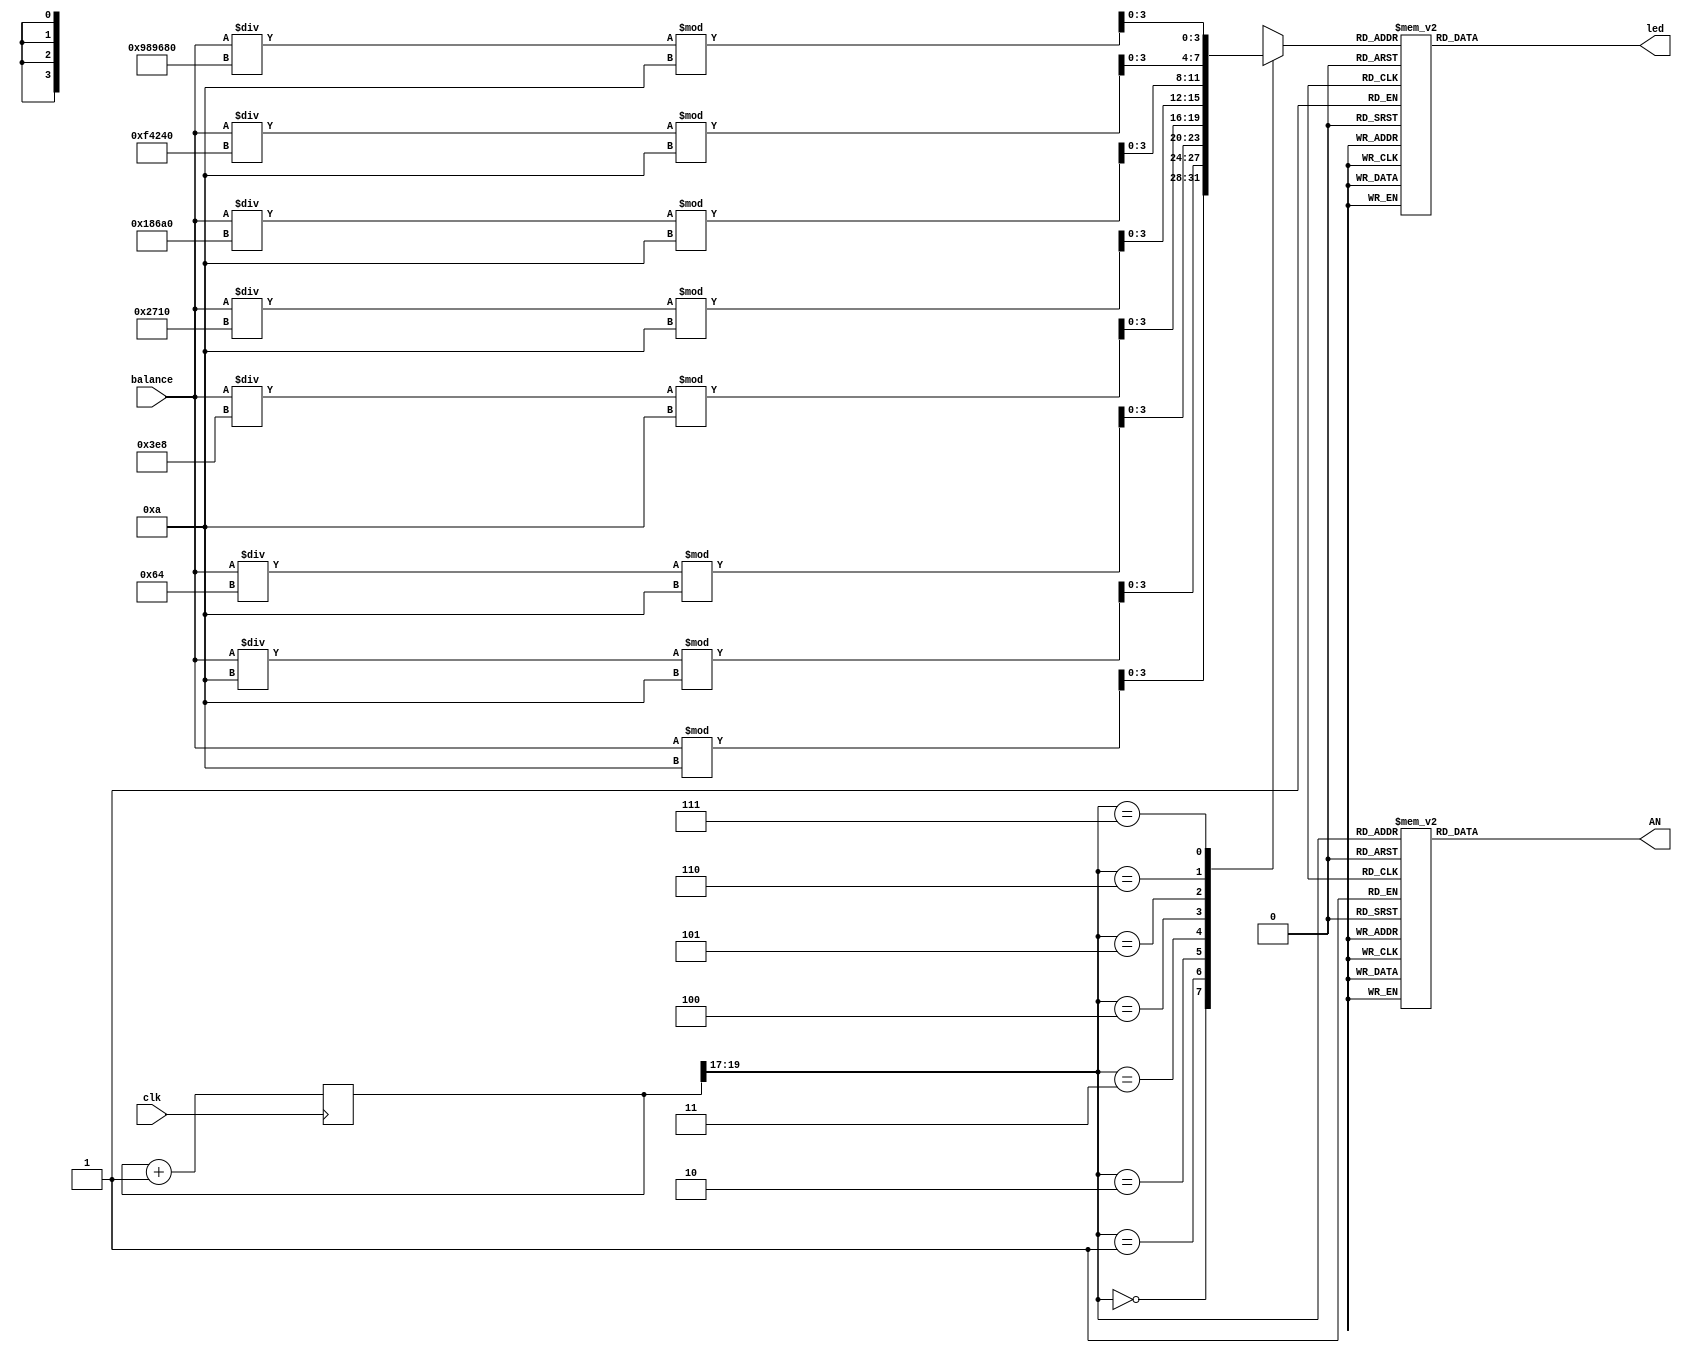
`timescale 1ns / 1ps
//////////////////////////////////////////////////////////////////////////////////
// Company: 
// Engineer: 
// 
// Design Name: 
// Module Name: seven_seg_decoder
// Project Name: 
// Target Devices: 
// Tool Versions: 
// Description: 
// 
// Dependencies: 
// 
// Revision:
// Revision 0.01 - File Created
// Additional Comments:
// 
//////////////////////////////////////////////////////////////////////////////////


module seven_seg_decoder(
    input clk,
    input [31:0] balance,
    output reg [7:0] AN,
    output reg [6:0] led
    );
    reg [19:0]refresh_counter = 0;
    reg [3:0] selected_anode;
    wire [2:0] LED_counter;

    
    always @(posedge clk)
    refresh_counter <= refresh_counter +1;
    assign LED_counter = refresh_counter[19:17];
    always @(LED_counter)
    begin
        case(LED_counter)
            3'b000:
                AN = 8'b11111110;
            3'b001:
                AN = 8'b11111101;
            3'b010:
                AN = 8'b11111011;
            3'b011:
                AN = 8'b11110111;
            3'b100:
                AN = 8'b11101111;
            3'b101:
                AN = 8'b11011111;
            3'b110:
                AN = 8'b10111111;
            3'b111:
                AN = 8'b01111111;     
        endcase
    end
    


    always @(*)
    begin
            case(LED_counter)
                3'b000: 
                    selected_anode = balance%10;
                3'b001:
                    selected_anode = (balance/10)%10;
                3'b010:
                    selected_anode = (balance/100)%10;
                3'b011:
                    selected_anode = (balance/1000)%10;
                3'b100:
                    selected_anode = (balance/10000)%10;
                3'b101:
                    selected_anode = (balance/100000)%10;
                3'b110:
                    selected_anode = (balance/1000000)%10;
                3'b111:
                    selected_anode = (balance/10000000)%10;                        
            endcase
    end

    
    always@(*)
    begin
        case(selected_anode)
        4'b0000: led = 7'b0000001;
        4'b0001: led = 7'b1001111;
        4'b0010: led = 7'b0010010;
        4'b0011: led = 7'b0000110;
        4'b0100: led = 7'b1001100;
        4'b0101: led = 7'b0100100;
        4'b0110: led = 7'b0100000;
        4'b0111: led = 7'b0001111;
        4'b1000: led = 7'b0000000;
        4'b1001: led = 7'b0000100;
        default: led = 7'b0000001;
    endcase

    end
    
    
endmodule